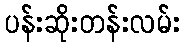
ပန်းဆိုးတန်းလမ်း